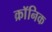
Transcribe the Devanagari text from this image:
क्राॅनिक